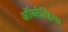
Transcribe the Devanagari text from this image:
ऑक्टेव्हिया